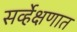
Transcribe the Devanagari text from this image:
सर्व्हेक्षणात